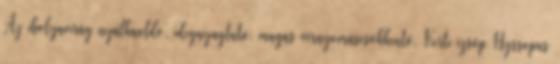
Az ibolyavirág nyálkaoldó, idegnyugtató, magas vérnyomáscsökkentő. Kerti izsóp Hyssopus